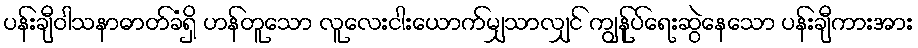
ပန်းချီဝါသနာဓာတ်ခံရှိ ဟန်တူသော လူလေးငါးယောက်မျှသာလျှင် ကျွန်ုပ်ရေးဆွဲနေသော ပန်းချီကားအား